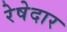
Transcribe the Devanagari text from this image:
रेषेदार